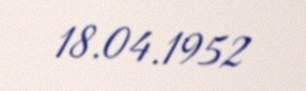
18.04.1952